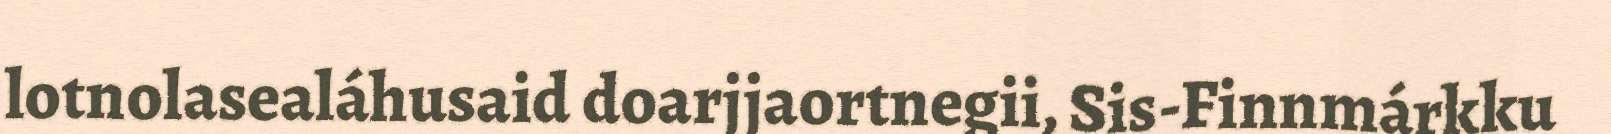
lotnolasealáhusaid doarjjaortnegii, Sis-Finnmárkku